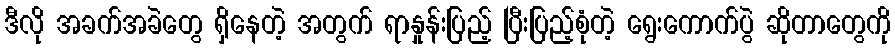
ဒီလို အခက်အခဲတွေ ရှိနေတဲ့ အတွက် ရာနှုန်းပြည့် ပြီးပြည့်စုံတဲ့ ရွေးကောက်ပွဲ ဆိုတာတွေကို